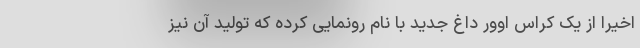
اخیرا از یک کراس اوور داغ جدید با نام رونمایی کرده که تولید آن نیز